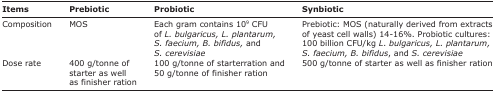
| Items | Prebiotic | Probiotic | Synbiotic |
 | --- | --- | --- | --- |
 | Composition | MOS | Each gram contains 109 CFU of L. bulgaricus, L. plantarum, S. faecium, B. bifidus, and S. cerevisiae | Prebiotic: MOS (naturally derived from extracts of yeast cell walls) 14-16%. Probiotic cultures: 100 billion CFU/kg L. bulgaricus, L. plantarum, S. faecium, B. bifidus, and S. cerevisiae |
 | Dose rate | 400 g/tonne of starter as well as finisher ration | 100 g/tonne of starterration and 50 g/tonne of finisher ration | 500 g/tonne of starter as well as finisher ration |